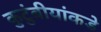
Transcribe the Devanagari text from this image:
कुटुंबीयांकडे